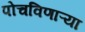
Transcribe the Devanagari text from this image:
पोचविणाऱ्या